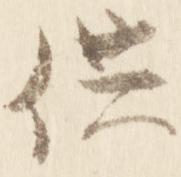
供